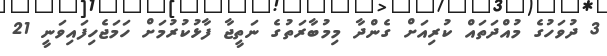
3 ދުވަހުގެ މުއްދަތައް ކުރިއަށް ގެންދާ މިމުބާރަތުގެ ނަތީޖާ ފާޅުކުރުމަށް ހަމަޖެހިފައިވަނީ 21